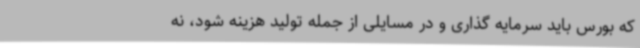
که بورس باید سرمایه گذاری و در مسایلی از جمله تولید هزینه شود، نه